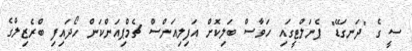
ސީ ގެ "ދަނގަޑޭ" ޕެނަލްޓީގައި ހަވާސް ބަލިކޮށް އަފިލިއަންސް ޗެމްޕިއަންކަން ހޯދައިފި ބްރެޒިލްގެ